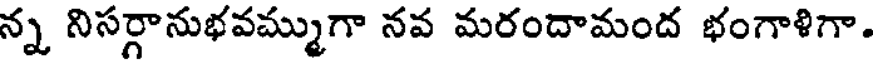
న్న నిసర్గానుభవమ్ముగా నవ మరందామంద భంగాళిగా.